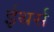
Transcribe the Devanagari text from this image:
ईथर्स